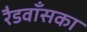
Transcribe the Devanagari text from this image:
रैडवाँसका